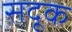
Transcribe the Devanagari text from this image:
सदूक